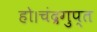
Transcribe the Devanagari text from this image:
हो।चंद्रगुप्त